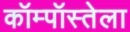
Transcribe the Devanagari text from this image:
कॉम्पॉस्तेला